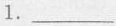
1. ___